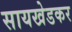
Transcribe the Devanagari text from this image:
सायखेडकर